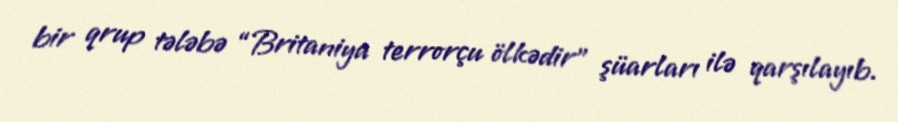
bir qrup tələbə “Britaniya terrorçu ölkədir” şüarları ilə qarşılayıb.